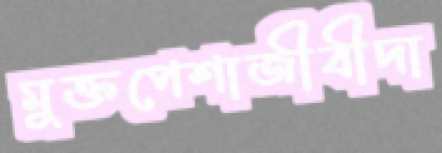
মুক্তপেশাজীবীদা